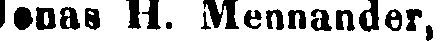
Jonas H. Mennander,